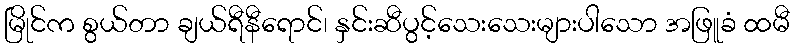
မြိုင်က စွယ်တာ ချယ်ရီနီရောင်၊ နှင်းဆီပွင့်သေးသေးများပါသော အဖြူခံ ထမီ